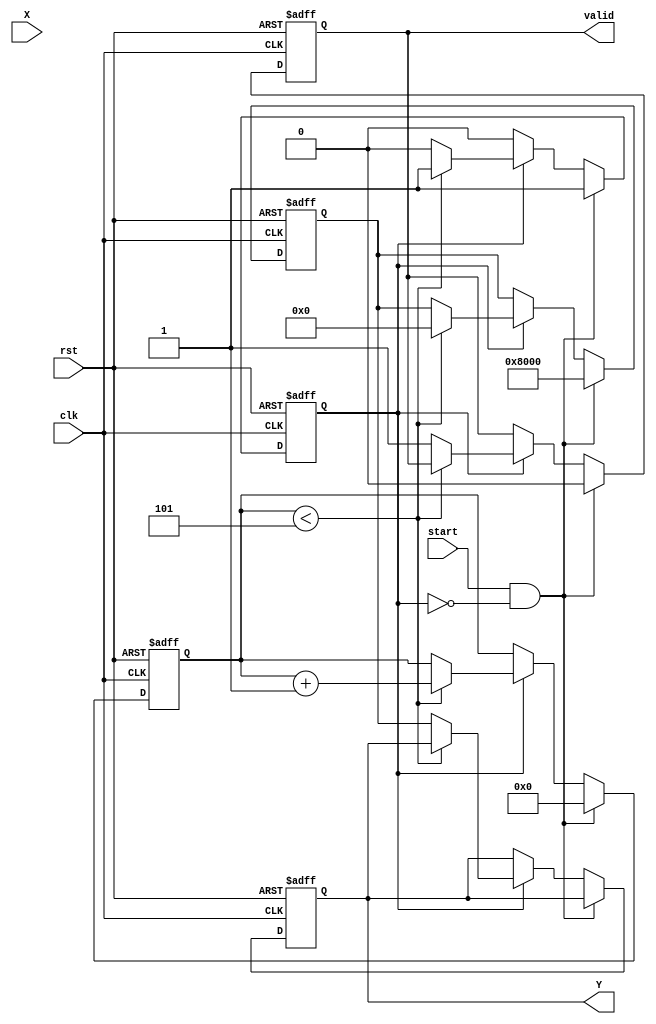
module fixed_point_reciprocal #(
    parameter N = 16, // Total bits
    parameter M = 8   // Integer bits
)(
    input wire clk,
    input wire rst,
    input wire [N-1:0] X, // Input data (Qm.n)
    input wire start,
    output reg [N-1:0] Y, // Output data (Qm.n)
    output reg valid // Output valid signal
);

    localparam Q_FRACTIONAL_BITS = N - M - 1; // Number of fractional bits
    localparam MAX_ITERATIONS = 5; // Number of iterations for Newton-Raphson

    reg [N-1:0] approx; // Current approximation of reciprocal
    reg [N-1:0] temp; // Temporary variable for calculations
    reg [3:0] iteration; // Iteration counter
    reg computing; // Flag to indicate computation in progress

    // Fixed-point multiplication
    function [N-1:0] fixed_point_mult;
        input [N-1:0] a;
        input [N-1:0] b;
        begin
            fixed_point_mult = (a * b) >> Q_FRACTIONAL_BITS; // Shift right to adjust for fixed-point
        end
    endfunction

    // Fixed-point division by shifting
    function [N-1:0] fixed_point_div;
        input [N-1:0] numerator;
        input [N-1:0] denominator;
        begin
            if (denominator == 0) begin
                fixed_point_div = 0; // Handle division by zero
            end else begin
                fixed_point_div = (numerator << Q_FRACTIONAL_BITS) / denominator; // Scale up for division
            end
        end
    endfunction

    // State machine for computation
    always @(posedge clk or posedge rst) begin
        if (rst) begin
            Y <= 0;
            valid <= 0;
            iteration <= 0;
            computing <= 0;
            approx <= 0;
        end else begin
            if (start && !computing) begin
                // Initialize for computation
                computing <= 1;
                iteration <= 0;
                approx <= (1 << (N - 1)); // Initial guess: 1.0 in Qm.n
                valid <= 0;
            end else if (computing) begin
                if (iteration < MAX_ITERATIONS) begin
                    // Newton-Raphson iteration: approx = approx * (2 - X * approx)
                    temp = fixed_point_mult(X, approx); // X * approx
                    approx = fixed_point_mult(approx, (1 << N) - temp); // approx * (1 - X * approx)
                    approx = fixed_point_div(approx, (1 << N)); // Normalize
                    iteration <= iteration + 1;
                end else begin
                    // Finished computation
                    Y <= approx;
                    valid <= 1;
                    computing <= 0;
                end
            end
        end
    end

endmodule